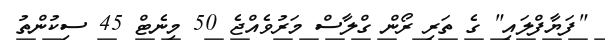
"ފަޔާފްލައި" ގެ ތަރި ރޯން ގްލާސް މަރުވެއްޖެ 50 މިނެޓް 45 ސިކުންތު